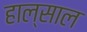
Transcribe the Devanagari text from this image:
हाल्साल